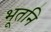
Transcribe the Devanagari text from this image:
भूतनि